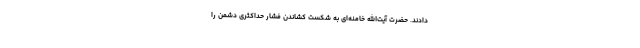
دادند. حضرت آیت‌الله خامنه‌ای به شکست کشاندن فشار حداکثری دشمن را